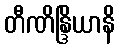
တီဏိန္ဒြိယာနိ